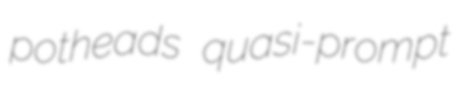
potheads quasi-prompt